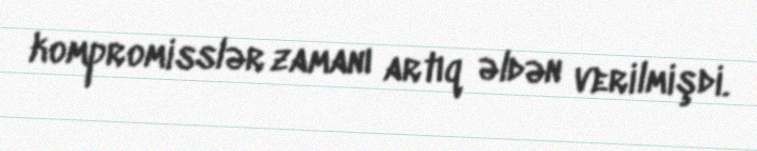
kompromisslər zamanı artıq əldən verilmişdi.